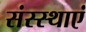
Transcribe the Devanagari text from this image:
संस्स्थाएं